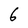
Character: 6